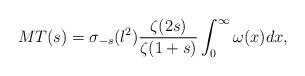
LaTeX: \begin{align*}MT(s)=\sigma_{-s}(l^2)\frac{\zeta(2s)}{\zeta(1+s)}\int_0^{\infty}\omega(x)dx,\end{align*}